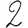
Digit: 2